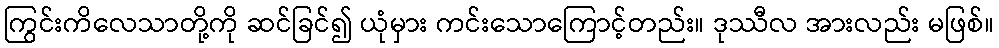
ကြွင်းကိလေသာတို့ကို ဆင်ခြင်၍ ယုံမှား ကင်းသောကြောင့်တည်း။ ဒုဿီလ အားလည်း မဖြစ်။